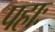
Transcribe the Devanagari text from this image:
पहाः